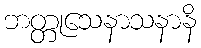
ဘတ္တုသေနာသနာနိ